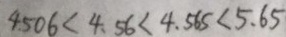
4 . 5 0 6 < 4 . 5 6 < 4 . 5 6 5 < 5 . 6 5